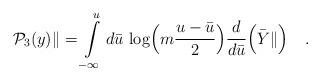
LaTeX: \begin{align*}{\cal P}_3(y)\|=\int\limits^u_{-\infty}d{\bar u}\,\log\Bigl(m\frac{u-{\bar u}}{2}\Bigr)\frac{d}{d{\bar u}}\Bigl({\bar Y}\|\Bigr)\quad .\end{align*}